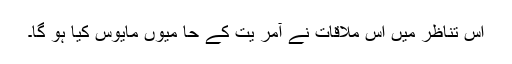
اس تناظر میں اس ملاقات نے آمر یت کے حا میوں مایوس کیا ہو گا۔